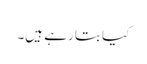
کیا بتا رہے ہیں۔